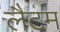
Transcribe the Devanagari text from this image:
लैटम